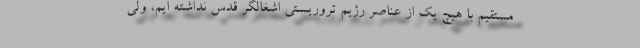
مستقیم با هیچ یک از عناصر رژیم تروریستی اشغالگر قدس نداشته ایم، ولی